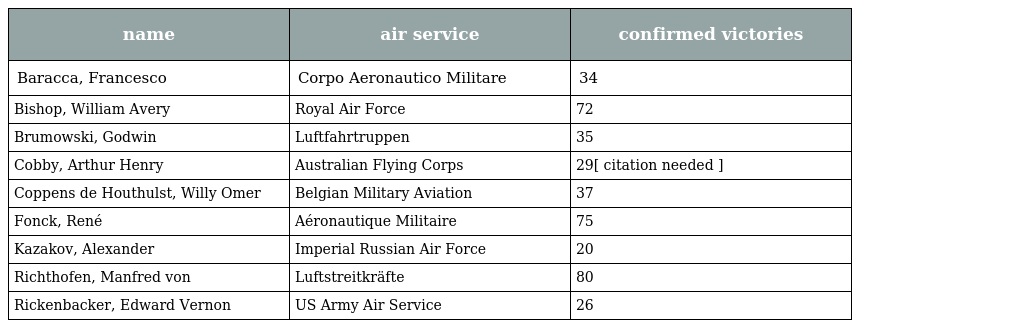
| name | air service | confirmed victories |
 | --- | --- | --- |
 | Baracca, Francesco | Corpo Aeronautico Militare | 34 |
 | Bishop, William Avery | Royal Air Force | 72 |
 | Brumowski, Godwin | Luftfahrtruppen | 35 |
 | Cobby, Arthur Henry | Australian Flying Corps | 29[ citation needed ] |
 | Coppens de Houthulst, Willy Omer | Belgian Military Aviation | 37 |
 | Fonck, René | Aéronautique Militaire | 75 |
 | Kazakov, Alexander | Imperial Russian Air Force | 20 |
 | Richthofen, Manfred von | Luftstreitkräfte | 80 |
 | Rickenbacker, Edward Vernon | US Army Air Service | 26 |